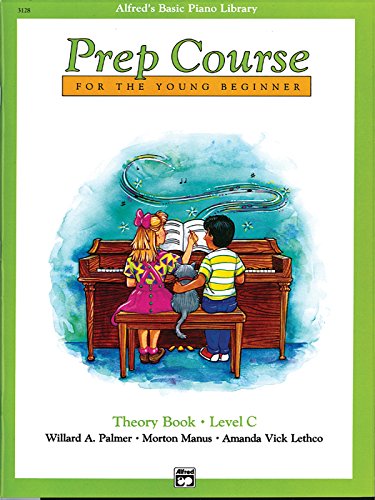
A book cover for Alfred's Basic Piano Prep Course for the Young Beginner: Theory Book, Level C (Alfred's Basic Piano Library); Willard A. Palmer; Computers & Technology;